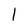
Character: 1